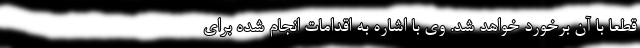
قطعا با آن برخورد خواهد شد. وی با اشاره به اقدامات انجام شده برای